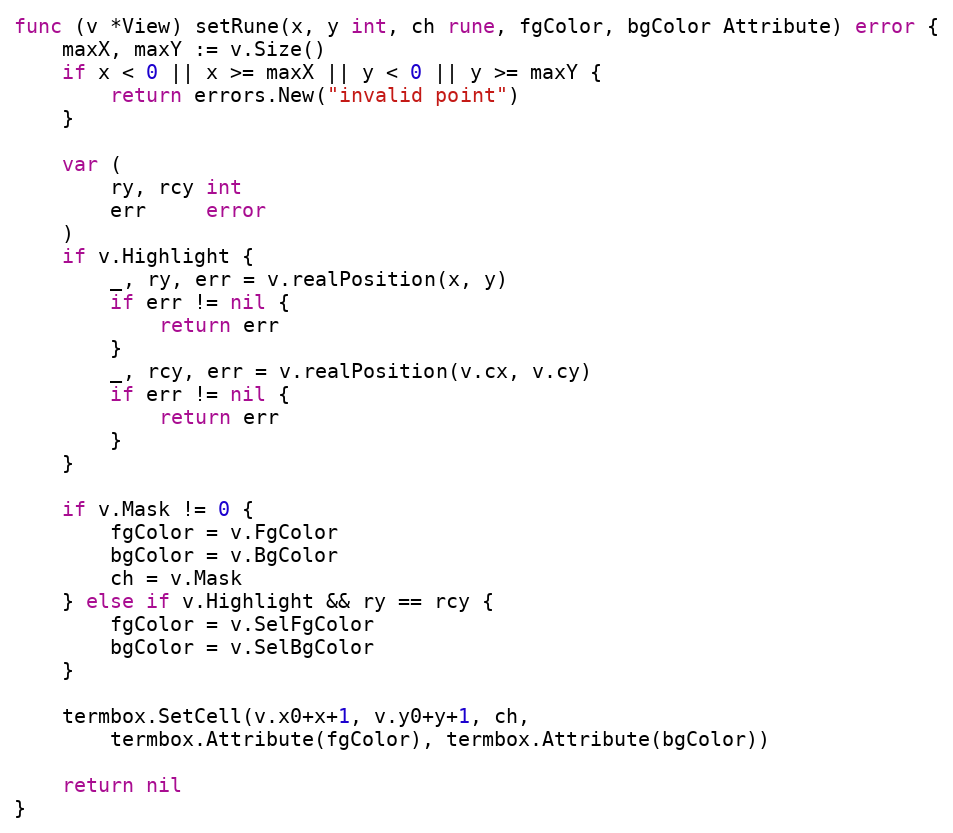
Language: Go
func (v *View) setRune(x, y int, ch rune, fgColor, bgColor Attribute) error {
	maxX, maxY := v.Size()
	if x < 0 || x >= maxX || y < 0 || y >= maxY {
		return errors.New("invalid point")
	}

	var (
		ry, rcy int
		err     error
	)
	if v.Highlight {
		_, ry, err = v.realPosition(x, y)
		if err != nil {
			return err
		}
		_, rcy, err = v.realPosition(v.cx, v.cy)
		if err != nil {
			return err
		}
	}

	if v.Mask != 0 {
		fgColor = v.FgColor
		bgColor = v.BgColor
		ch = v.Mask
	} else if v.Highlight && ry == rcy {
		fgColor = v.SelFgColor
		bgColor = v.SelBgColor
	}

	termbox.SetCell(v.x0+x+1, v.y0+y+1, ch,
		termbox.Attribute(fgColor), termbox.Attribute(bgColor))

	return nil
}